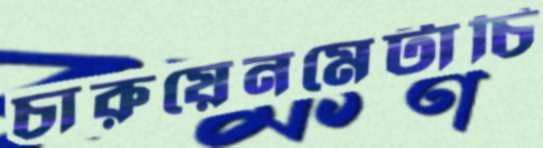
চারুয়েনমেটাচি